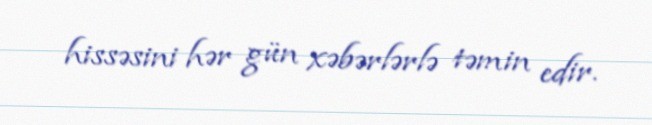
hissəsini hər gün xəbərlərlə təmin edir.